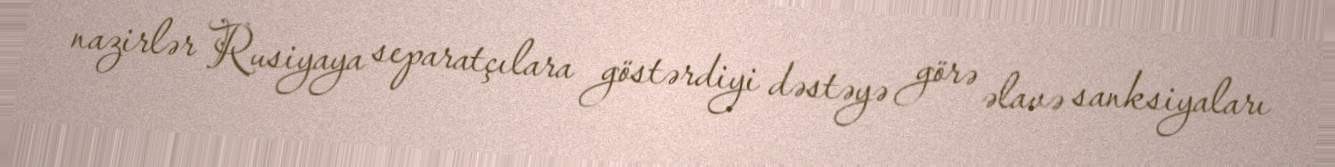
nazirlər Rusiyaya separatçılara göstərdiyi dəstəyə görə əlavə sanksiyaları